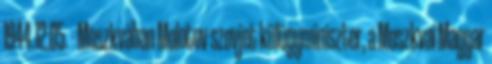
1944.12.05. - Moszkvában Molotov szovjet külügyminiszter, a Moszkvai Magyar